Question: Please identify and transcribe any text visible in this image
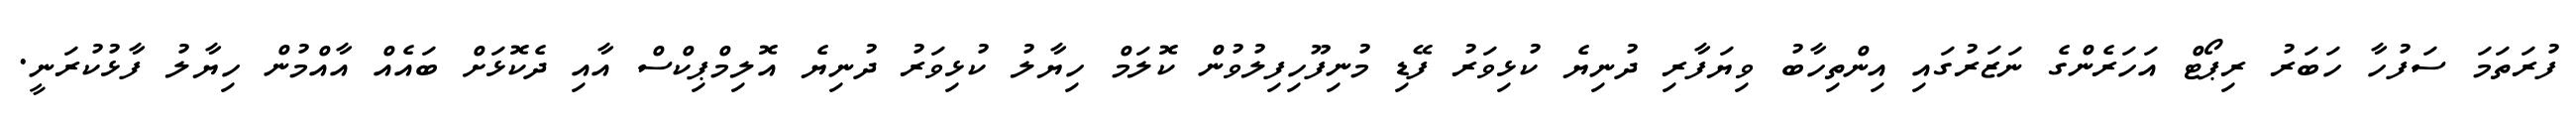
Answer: ފުރަތަމަ ސަފުހާ ހަބަރު ރިޕޯޓް އަހަރެންގެ ނަޒަރުގައި އިންތިހާބު ވިޔަފާރި ދުނިޔެ ކުޅިވަރު ފޭޑި މުނިފޫހިފިލުވުން ކޮލަމް ހިޔާލު ކުޅިވަރު ދުނިޔެ އޮލިމްޕިކްސް އާއި ދެކޮޅަށް ބައެއް އާއްމުން ހިޔާލު ފާޅުކުރަނީ.